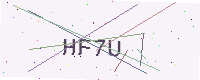
Text: HF7U